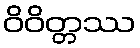
ဝိဝိတ္တဿ